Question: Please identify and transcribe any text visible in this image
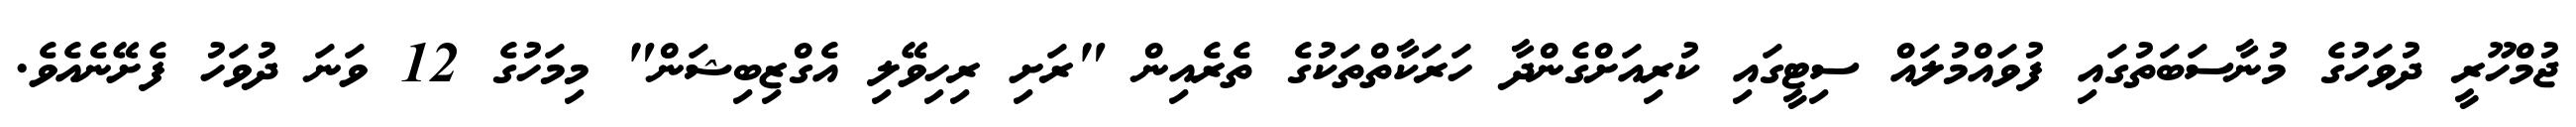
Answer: ޖުމްހޫރީ ދުވަހުގެ މުނާސަބަތުގައި ފުވައްމުލައް ސިޓީގައި ކުރިއަށްގެންދާ ހަރަކާތްތަކުގެ ތެރެއިން "ރަށި ރިހިވޭލި އެގްޒިބިޝަން" މިމަހުގެ 12 ވަނަ ދުވަހު ފެށޭނެއެވެ.